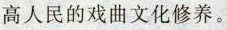
高人民的戏曲文化修养。